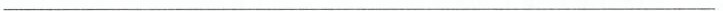
_______________